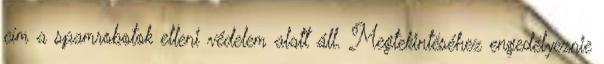
cím a spamrobotok elleni védelem alatt áll. Megtekintéséhez engedélyeznie